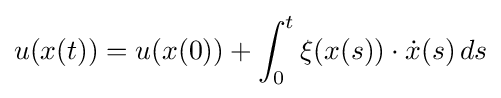
u(x(t))=u(x(0))+\int _{0}^{t}\xi (x(s))\cdot {\dot {x}}(s)\,ds